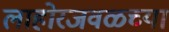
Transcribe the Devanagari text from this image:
लाहोरजवळच्या